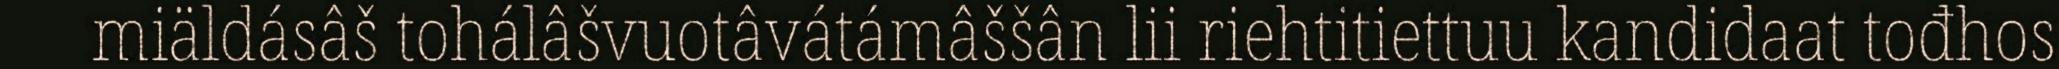
miäldásâš tohálâšvuotâvátámâššân lii riehtitiettuu kandidaat tođhos